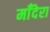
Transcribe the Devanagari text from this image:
माँदेरा